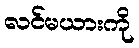
လင်မယားကို